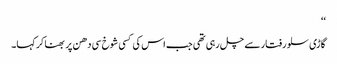
‘‘
گاڑی سلو رفتار سے چل رہی تھی جب اس کی کسی شوخ سی دھن پر بھنا کر کہا۔